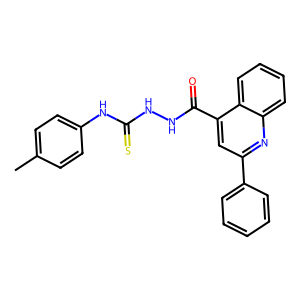
SMILES: Cc1ccc(NC(=S)NNC(=O)c2cc(-c3ccccc3)nc3ccccc23)cc1
Inhibits HIV replication: No